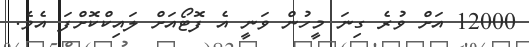
12000 އަށް ވުރެ ގިނަ މީހުން ވަނީ އެ ފޮޓޯއަށް ލައިކްކޮށްފަ އެވެ.